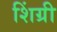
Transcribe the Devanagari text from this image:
शिंग्री